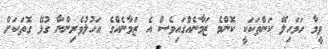
ވީމާ ހަމަހިލޭ ކަންތަކަކީ ކޮންމެ ޒަމާނެއްގައިވެސް އެ ޒަމާނެއްގެ އަހުލުވެރިންނާ ގުޅޭ ގޮތަކަށް